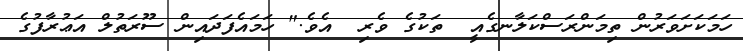
ހަމަކަށަވަރުން ތިމަންރަސްކަލާނގެއީ  ތަކުގެ ވެރި  އެވެ." ހަމައެފަދައިން ސޫރަތުލް އަޢުރާފުގެ